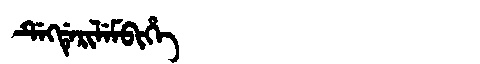
Manchu: ᡩᡝᡴᡩᡝᡵᡳᠯᡝᠮᠪᡳᡥᡝ
Romanization: DEKDERILEMBIHE